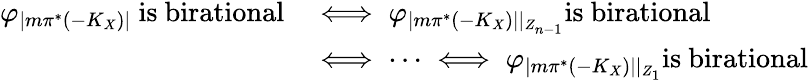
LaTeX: \begin{array}{rl}{\varphi_{|m{\pi^{*}(-K_{X})}|}\mathrm{~is~birational}}&{\iff\varphi_{|m{\pi^{*}(-K_{X})}||_{Z_{n-1}}}\mathrm{is~birational}}\\ &{\iff\cdots\iff\varphi_{|m{\pi^{*}(-K_{X})}||_{Z_{1}}}\mathrm{is~birational}}\end{array}